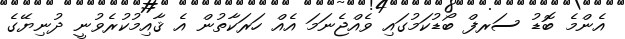
އެންމެ ބޮޑު ސަރފް ބޯޑުކަމުގައި ވެއްޖެނަމަ އެއް ހަރަކާތުން އެ ޤާއިމުކުރެވުނީ ދުނިޔޭގެ